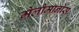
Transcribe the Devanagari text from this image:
मेलोमानोस